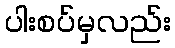
ပါးစပ်မှလည်း